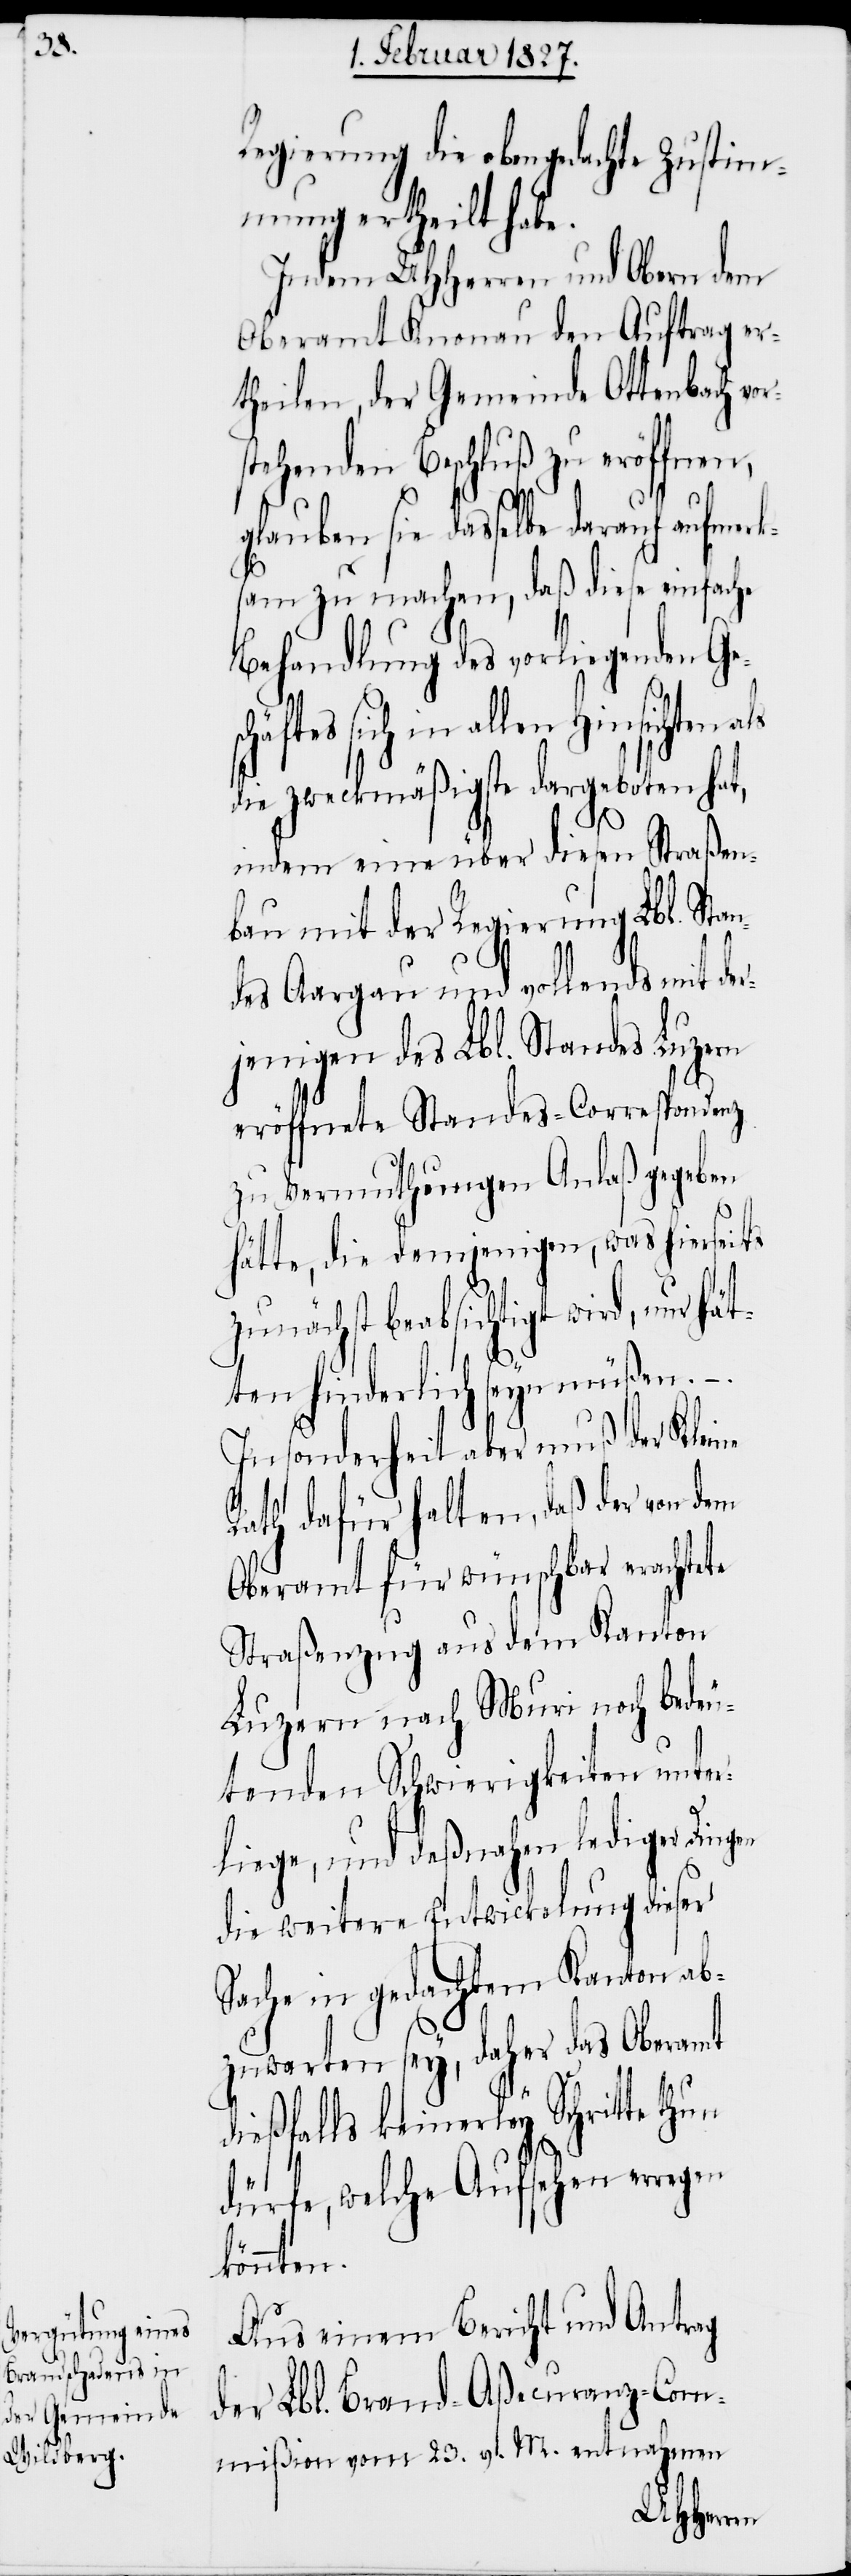
rk¬

Regierung die obengedachte Zustim¬
mung ertheilt habe.
Indem UHHerren und Obern dem
Oberamt Knonau den Auftrag er¬
theilen, der Gemeinde Ottenbach vo¬
tehenden Beschluß zu eröffnen,
glauben sie dasselbe darauf aufme¬
sam zu machen, daß diese einfache
Behandlung des vorliegenden Ge¬
allen Hinsichten
als zweckmäßigste dargeboten hat,
indem eine über diesen Straßen¬
bau mit der Regierung Lbl. Stan¬
des Aargau und vollends mit der¬
jenigen des Lbl. Standes Luzern
eröffnete Standes-Correspondenz
zu Vermuthungen Anlaß gegeben
hätte, die demjenigen, was hierseits
zunächst beabsichtigt wird, nur hät¬
ten hinderlich seyn müßen.
Insonderheit aber muß der Kleine
Rath dafür halten, daß der von dem
Oberamt für wünschbar erachtete
Straßenzug aus dem Kanton
Luzern nach Muri noch bede¬
utenden Schwierigkeiten unte¬
rliege, und deßnahen lediger Dingen
die weitere Entwicklung dieser
Sache in gedachtem Kanton ab¬
zuwarten sey, daher das Oberamt
dießfalls keinerley Schritte thun
dürfe, welche Aufsehen erregen
könnten.
Aus einem Bericht und Antrag
der Lbl. Brand-Aßecuranz-Com¬
mißion vom 23. v. M. entnahmen